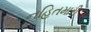
નહિતમારી